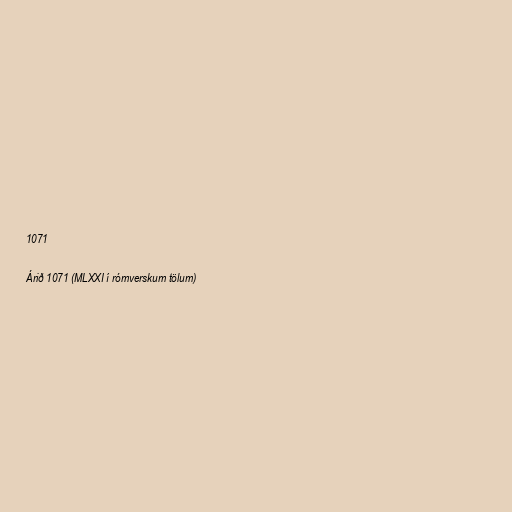
1071

Árið 1071 (MLXXI í rómverskum tölum)